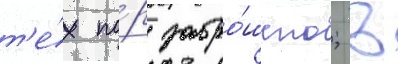
т'е́х по́р забро́шено; в